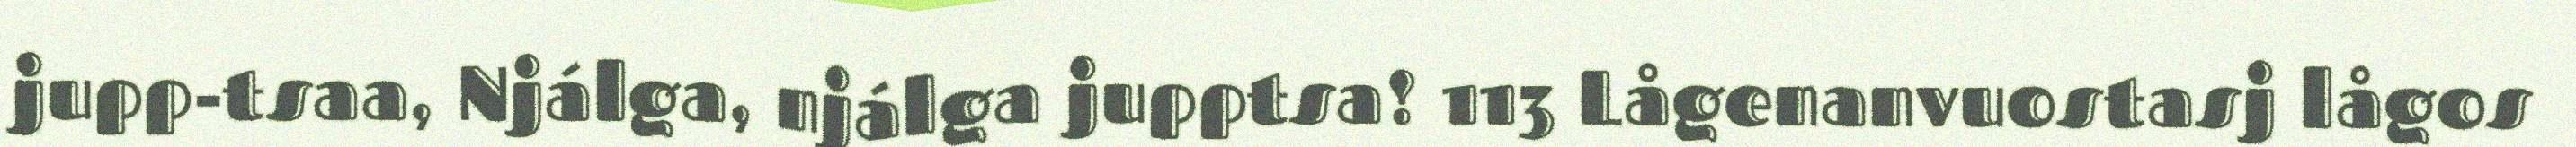
jupp-tsaa, Njálga, njálga jupptsa! 113 Lågenanvuostasj lågos